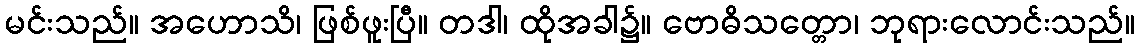
မင်းသည်။ အဟောသိ၊ ဖြစ်ဖူးပြီ။ တဒါ၊ ထိုအခါ၌။ ဗောဓိသတ္တော၊ ဘုရားလောင်းသည်။